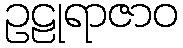
ဥဠုရာဇာဝ